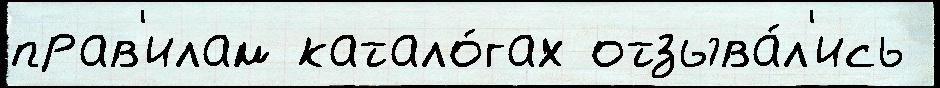
прав'илам катало́гах отзыва́л'ись